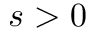
s > 0